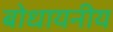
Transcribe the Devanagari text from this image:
बोधायनीय